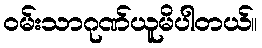
ဝမ်းသာဂုဏ်ယူမိပါတယ်။